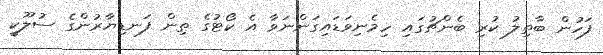
ފަހުން ބާތިލު ކުރި ބެންޗުގައި ހިމެނިވަޑައިގަންނަވާ އެ ކޯޓުގެ ތިން ފަނޑިޔާރުންގެ ސުލޫކީ